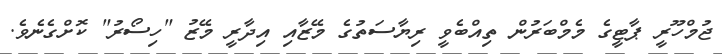
ޖުމްހޫރީ ޕާޓީގެ މެމްބަރުން ތިއްބެވީ ރިޔާސަތުގެ މޭޒާއި އިދާރީ މޭޒު "ހިސޯރު" ކޮށްގެނެވެ.